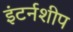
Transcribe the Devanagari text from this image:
इंटर्नशीप